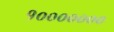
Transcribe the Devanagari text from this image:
१०००००००